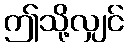
ဤသို့လျှင်